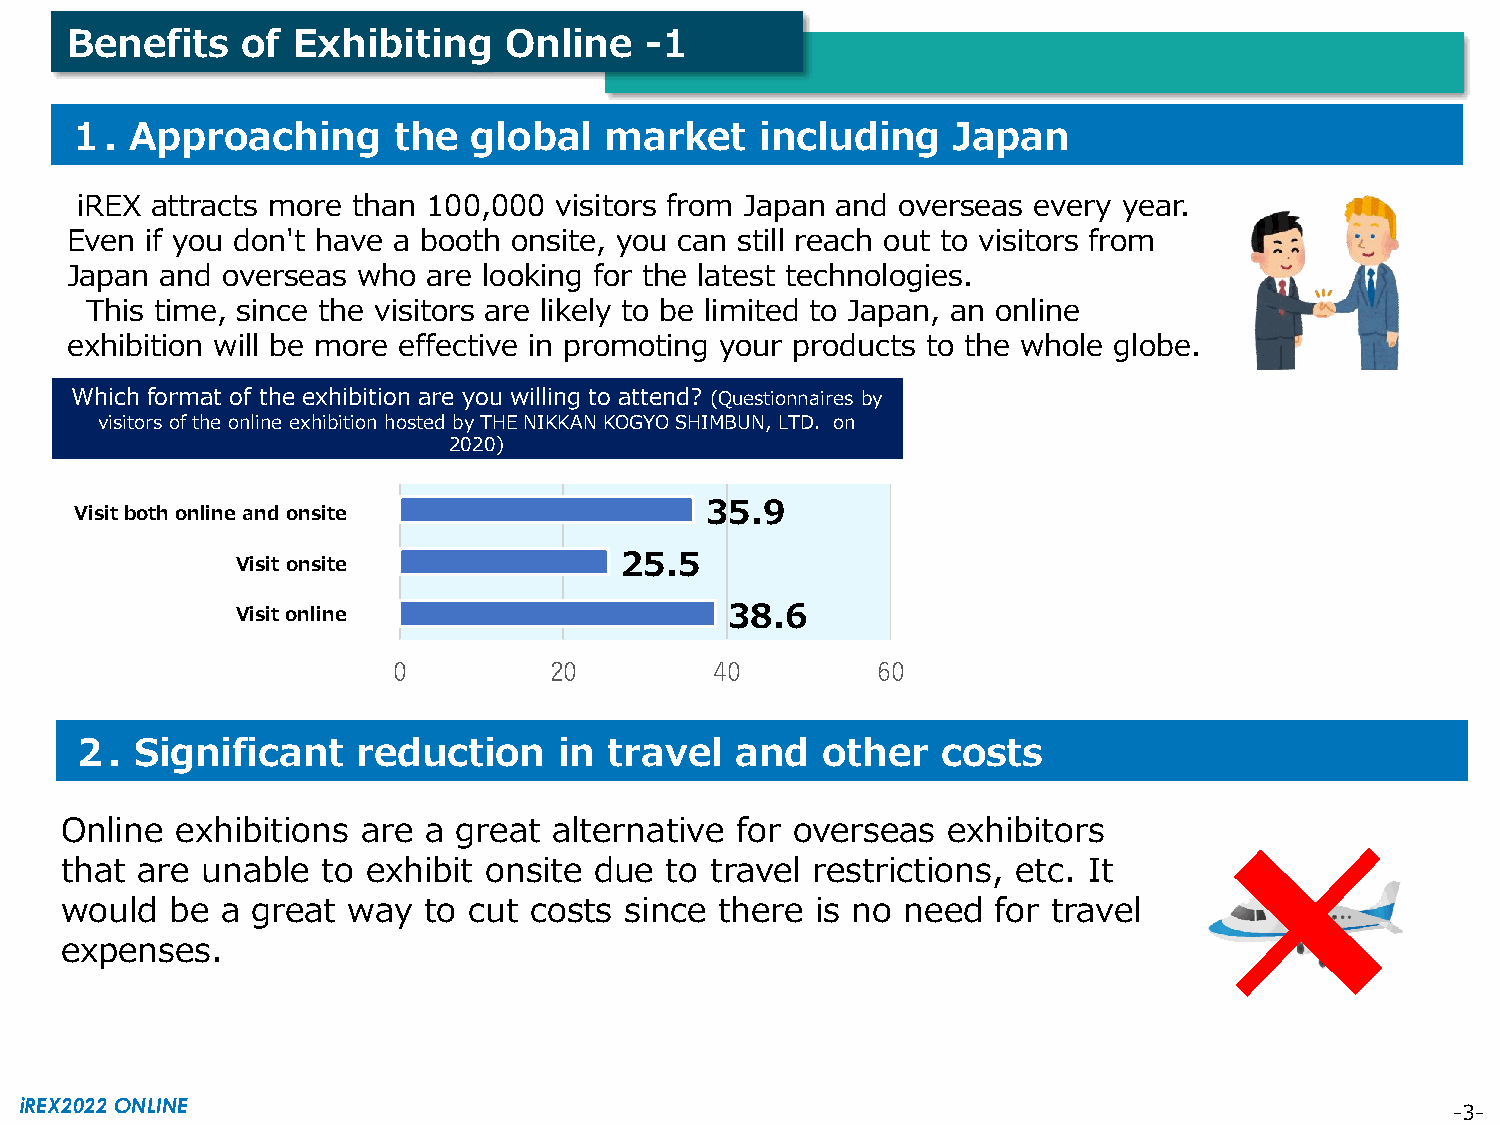
Benefits    of Exhibiting    Online    -1
 １.   Approaching      the  global   market    including    Japan
 iREX attracts more than 100,000 visitors from Japan and overseas every year.
 Even  if you don't have a booth onsite, you can still reach out to visitors from
 Japan  and overseas who are looking for the latest technologies.
 海外市場へのアプローチ
 This time, since the visitors are likely to be limited to Japan, an online
 exhibition will be more effective in promoting your products to the whole globe.
 Which format of the exhibition are you willing to attend? (Questionnaires by
 visitors of the online exhibition hosted by THE NIKKAN KOGYO SHIMBUN, LTD. on
 2020)
 35.9
 Visit both online and onsite
 25.5
 Visit onsite
 Visit online                    38.6
 0         20         40         60
 ２.  Significant    reduction    in travel   and  other   costs
 Online  exhibitions are a great  alternative for overseas  exhibitors
 that are unable  to exhibit onsite due  to travel restrictions, etc. It
 would  be  a great way  to cut costs since  there is no need  for travel
 expenses.
 iREX2022 ONLINE                                                                                -3-